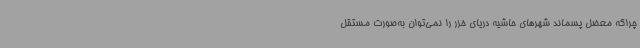
چراکه معضل پسماند شهرهای حاشیه دریای خزر را نمی‌توان به‌صورت مستقل